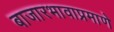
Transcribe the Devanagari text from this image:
बाजारभावाप्रमाणे